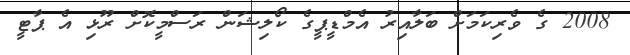
2008 ގެ ވެރިކަމަށް ބަލާއިރު އެމްޑީޕީގެ ކޯލިޝަން ރަސްމީކޮށް ރޫޅި އެ ޕާޓީ